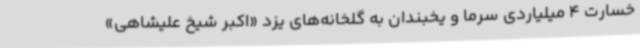
خسارت 4 میلیاردی سرما و یخبندان به گلخانه‌های یزد «اکبر شیخ علیشاهی»